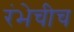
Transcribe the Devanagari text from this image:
रंभेचीच